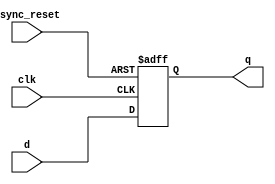
module dflipflop(d, clk, async_reset, q);
  
  input d, clk, async_reset;
  output reg q;

  always @(posedge clk or negedge async_reset) 
  begin
    $display("Transition seen at %0t", $time);
    if (async_reset == 0)
      q <= 0;
    else 
      q <= d; 
  end 

endmodule